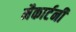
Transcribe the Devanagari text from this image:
मैकार्टनी